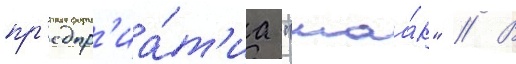
пр'едпр'иа́т'иа "маа́к" // В